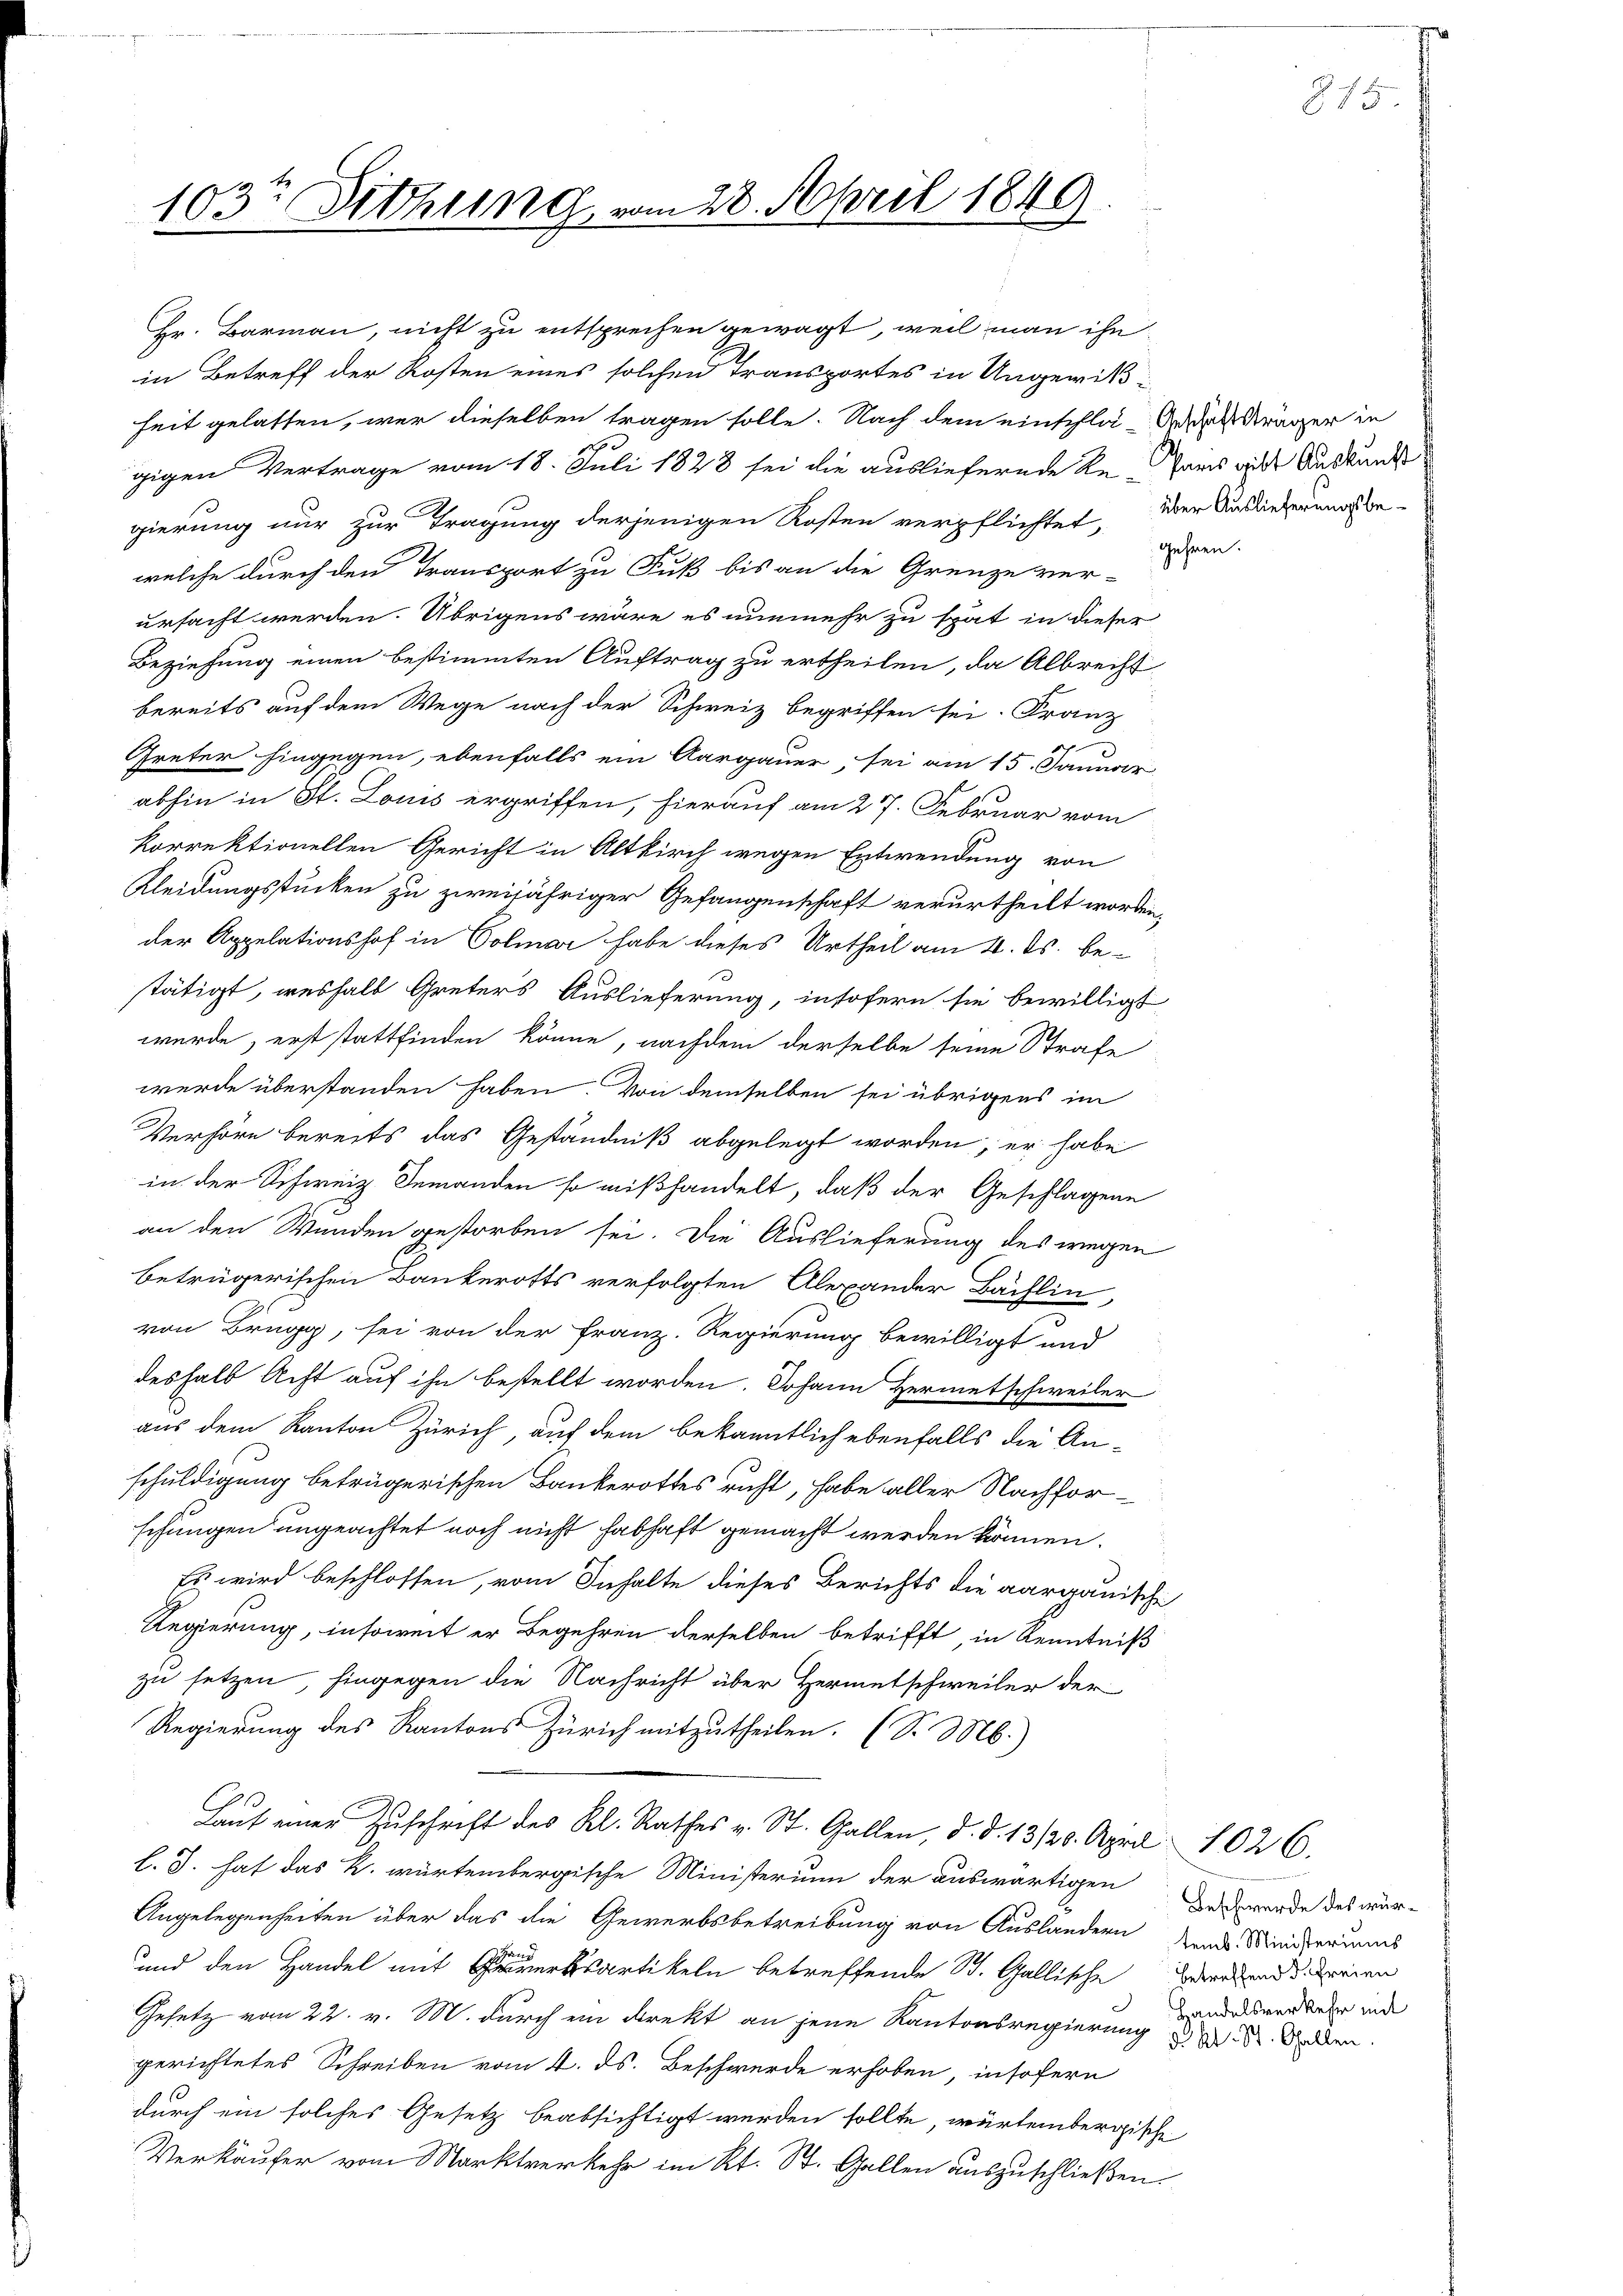
103te Sitzung vom 28. April 1849
u

Hr. Barmann, nicht zu entsprechen gewagt, weil man ihn
in Betreff der Kosten eines solchen Transportes in Ungewißheit gelasten, wer dieselben tragen solle. Nach dem einschla-Anträger in
gigen Vertrage vom 18. Juli 1828 sei die ausliefernde Re-Paris die Auskundt
gierung nur zur Tragung derjenigen Kosten verpflichtet, der Ausliederung be-
welche durch den Transport zu Fuß bis an die Grenze ver-
ursacht werden. Übrigens wäre es nunmehr zu spät in dieser
Beziehung einen bestimmten Auftrag zu ertheilen, da Albrecht
bereits auf dem Wege nach der Schweiz begriffen sei. Franz
Greter hingegen, ebenfalls ein Aargauer, sei am 15. Januar
abhin in St. Louis ergriffen, hierauf am 27. Februar vom
korrektionellen Gericht in Altkirch wegen Entwendung von
Kleidungsstücken zu zweijähriger Gefangenschaft verurtheilt worden,
der Appelationshof in Colmar habe dieses Urtheil am 4. ds. bestätigt, weshalb Greters Auslieferung, insofern sie bewilligt
würde, erst stattfinden könne, nachdem derselbe seine Strafe
werde überstanden haben. Von demselben sei übrigens im
Verhöre bereits das Geständniß abgelegt worden, er habe
in der Schweiz. Jemanden so mißhandelt, daß der Geschlagene
an den Wunden gestorben sei. Die Auslieferung des wegen
betrügerischen Bankerotts verfolgten Alexander Bächlin
von Brugg, sei von der Franz. Regierung bewilligt und
deshalb Acht auf ihn bestellt worden. Johann Hermetschweiler
aus dem Kanton Zürich, auf dem bekanntlich ebenfalls die An-
schuldigung beträgerischen Bankerottes richt, habe aller Nachfor-
schungen ungeachtet noch nicht habhaft gemacht werden können.
Es wird beschlossen, vom Inhalte dieses Berichts die aargauische
Regierung, insoweit er Begehren derselben betrifft, in Kenntniß
zu setzen, hingegen die Nachricht über Hermetschweiler der
Regierung des Kantons Zürich mitzutheilen. (S. M.)
Laut einer Zuschrift des Kl. Rathes v. St. Gallen, d. d. 13./20. April 1026.
l. J. hat das k. würtembergische Ministerium der auswärtigen
Angelegenheiten über das die Gewerbsbetreibung von Auslandern
und den Handel mit merksartikeln betreffende St. Gallische Weidend derien
Gesetz vom 22. v. M. durch ein direkt an jene Kantonsregierung d. d. den
gerichtetes Schreiben vom 4. ds. Beschwerde erhoben, insofern
durch ein solches Gesetz beabsichtigt werden sollte, würtembergische
Verkäufer vom Marktverkehr im Kt. St. Gallen auszuschließen.

gehren.

Beschwerde des würtemb. Ministeriums
Handelsverkehr mit

815